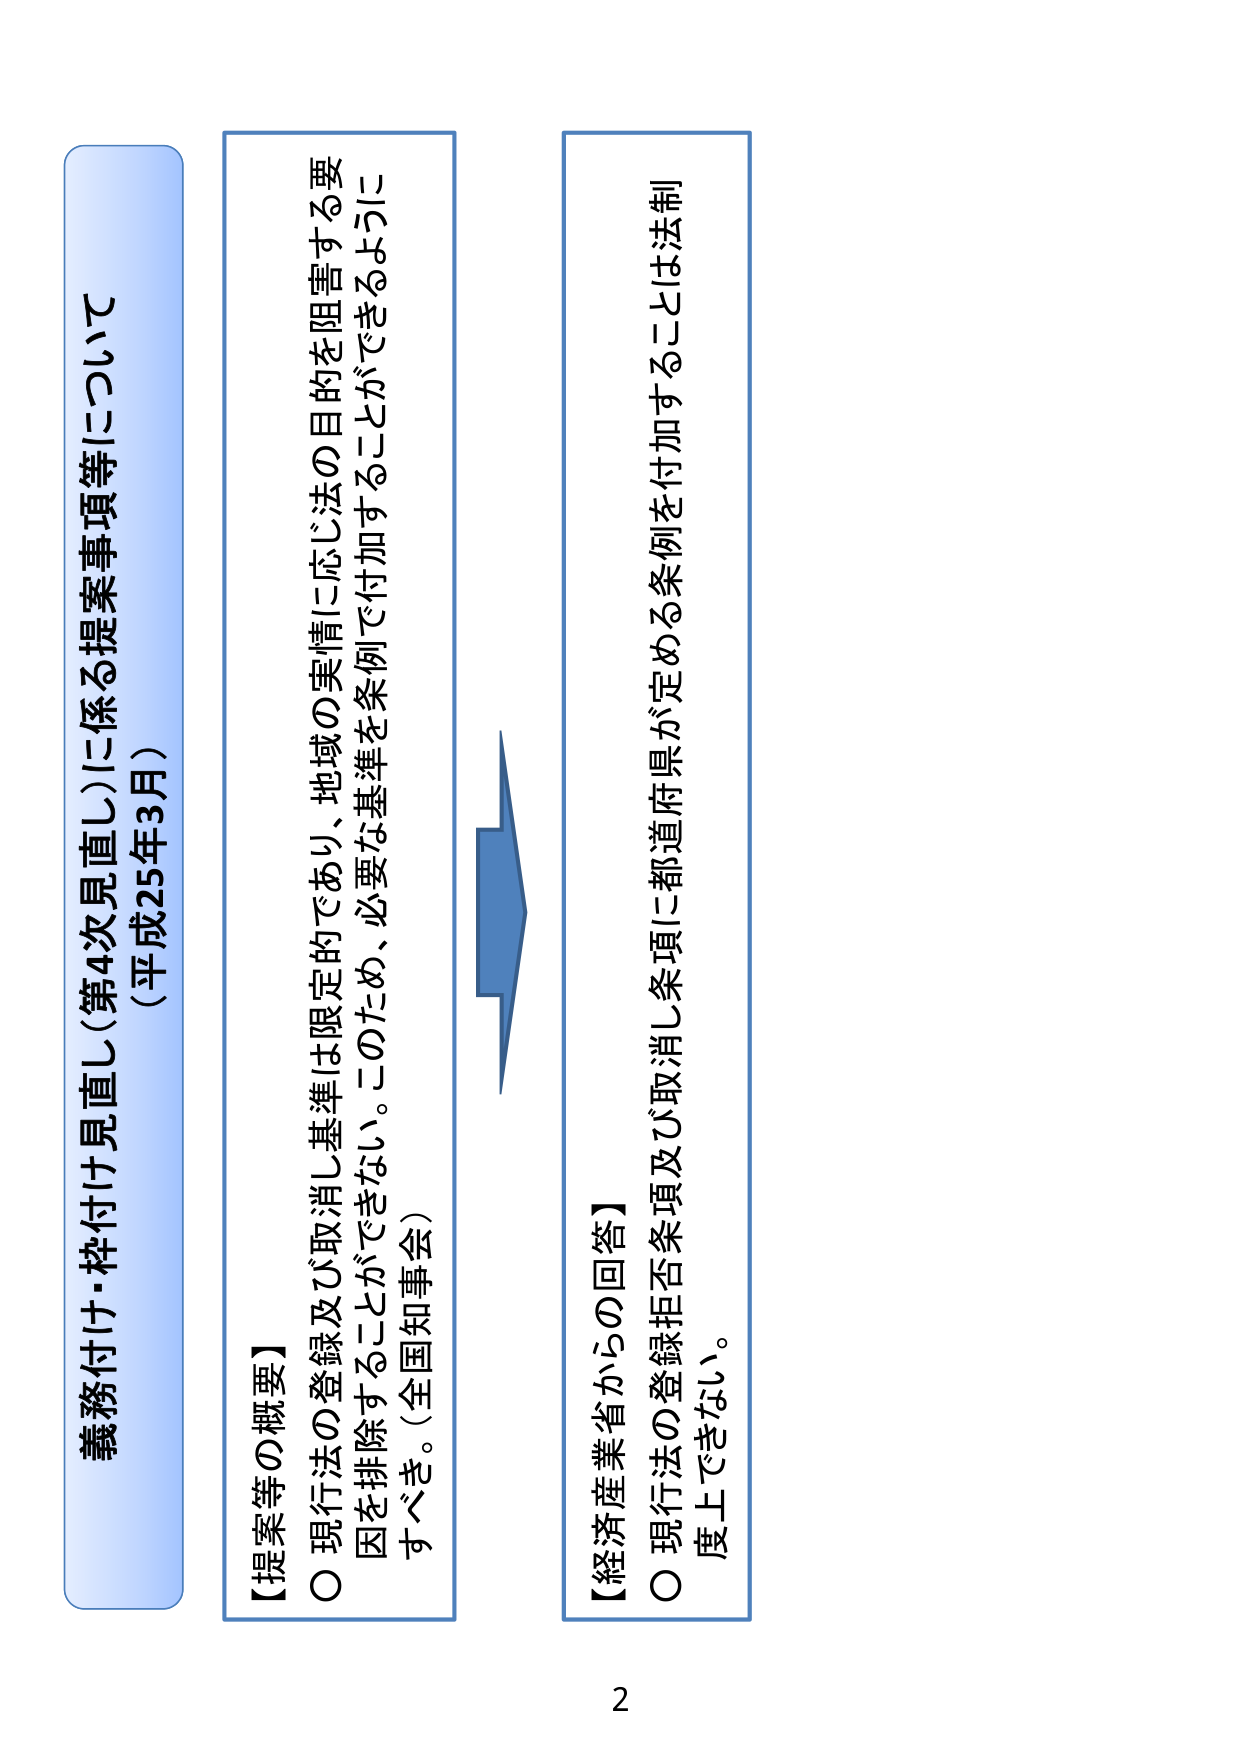
義務付け・枠付け見直し（第4次見直し）に係る提案事項等について
（平成25年3月）

【提案等の概要】
〇 現行法の登録及び取消し基準は限定的であり、地域の実情に応じ法の目的を阻害する要因を排除することができない。このため、必要な基準を条例で付加することができるようになすべき。（全国知事会）

【経済産業省からの回答】
〇 現行法の登録拒否条項及び取消し条項に都道府県が定める条例を付加することは法制度上できない。

2